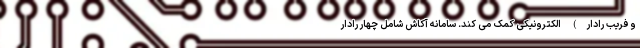
و فریب رادار) الکترونیکی کمک می کند. سامانه آکاش شامل چهار رادار